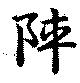
陣